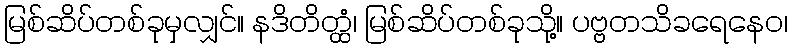
မြစ်ဆိပ်တစ်ခုမှလျှင်။ နဒိတိတ္ထံ၊ မြစ်ဆိပ်တစ်ခုသို့။ ပဗ္ဗတသိခရေနေဝ၊